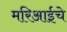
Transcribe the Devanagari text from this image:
मरिआईचे